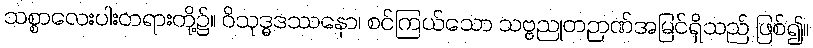
သစ္စာလေးပါးတရားတို့၌။ ဝိသုဒ္ဓဒဿနော၊ စင်ကြယ်သော သဗ္ဗညုတဉာဏ်အမြင်ရှိသည် ဖြစ်၍။